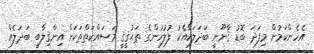
އެހެންކަމުން މިފަދަ ބޮޑު ޤާނޫނީ ބަދަލަކާއެކު ފުލުހުންގެ ތަޙުޤީޤީ މަސައްކަތްތަކަށް އިންޤިލާބީ ބަދަލެއް